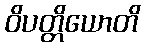
ဝိပတ္တိယောတိ